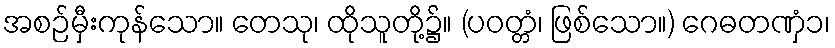
အစဉ်မှီးကုန်သော။ တေသု၊ ထိုသူတို့၌။ (ပဝတ္တံ၊ ဖြစ်သော။) ဂေဓတဏှံ၁၊